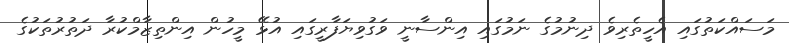
މަސައްކަތުގައި އެހީތެރިވެ ދިނުމުގެ ނަމުގައި އިންސާނީ ވަގުވިޔަފާރީގައި އުޅޭ މީހުން އިންތިޒާމްކުރާ ދަތުރުތަކުގެ